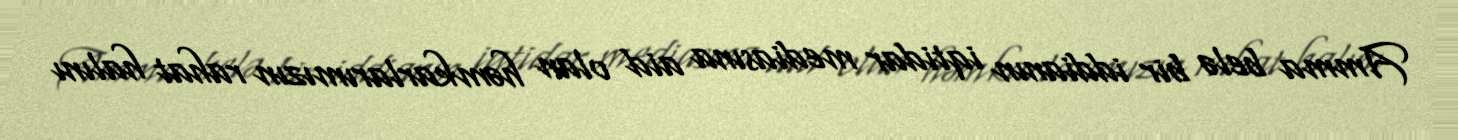
Amma belə bir iddianın iqtidar mediasına aid olan həmkarlarımızın rahat halını